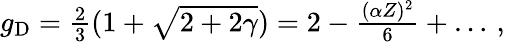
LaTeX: \begin{array}{r}{g_{\mathrm{D}}=\frac{2}{3}(1+\sqrt{2+2\gamma})=2-\frac{(\alpha Z)^{2}}{6}+\dots\, ,}\end{array}